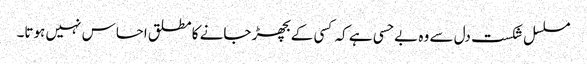
مسلسل شکست دل سے وہ بے حسی ہے کہ کسی کے بچھڑ جانے کا مطلق احساس نہیں ہوتا۔